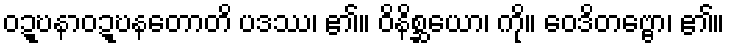
ဝဍ္ဎနာဝဍ္ဎနတောတိ ပဒဿ၊ ၏။ ဝိနိစ္ဆယော၊ ကို။ ဝေဒိတဗ္ဗော၊ ၏။